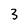
Character: 3